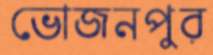
ভোজনপুর